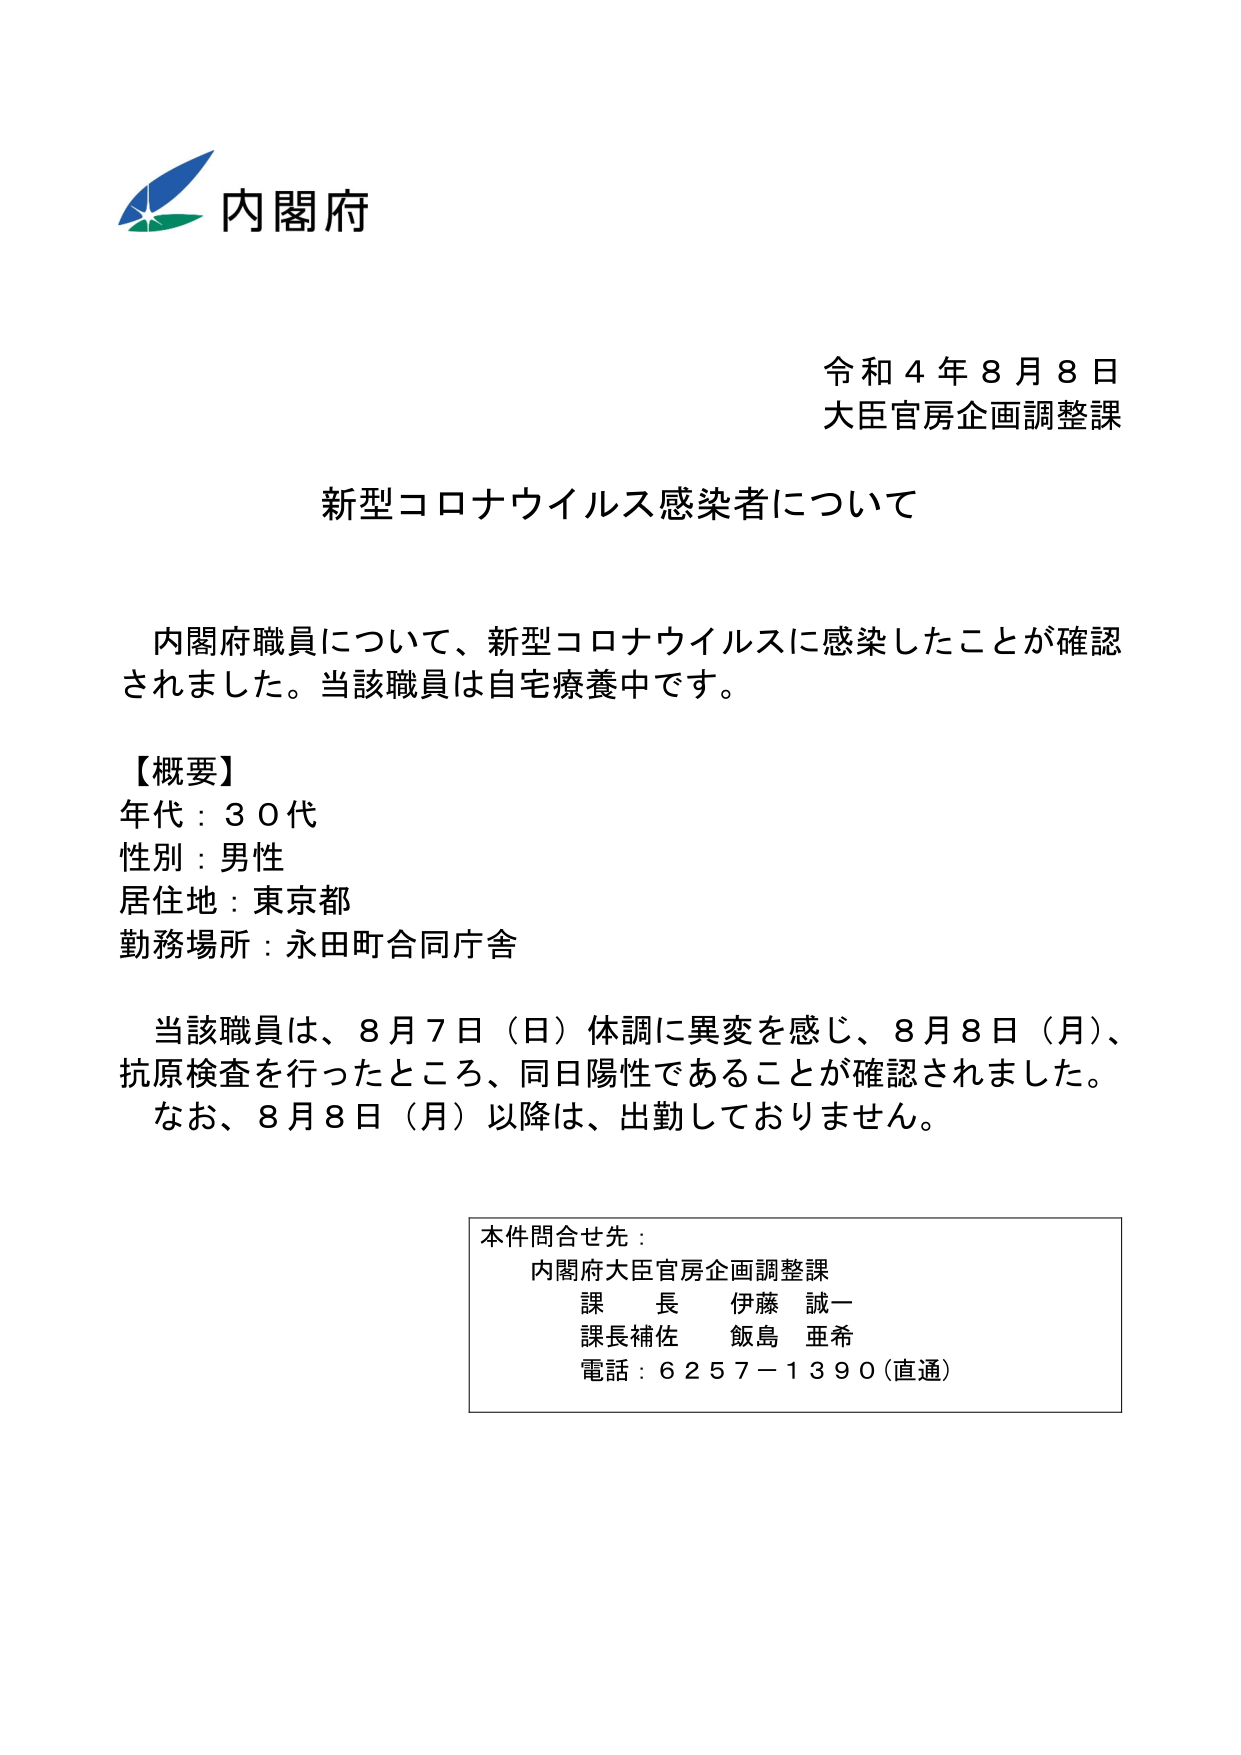
内閣府
令和４年８月８日
大臣官房企画調整課
新型コロナウイルス感染者について

内閣府職員について、新型コロナウイルスに感染したことが確認されました。当該職員は自宅療養中です。

【概要】
年代：３０代
性別：男性
居住地：東京都
勤務場所：永田町合同庁舎

当該職員は、８月７日（日）体調に異変を感じ、８月８日（月）、抗原検査を行ったところ、同日陽性であることが確認されました。
なお、８月８日（月）以降は、出勤しておりません。

本件問合せ先：
内閣府大臣官房企画調整課
課長 伊藤 誠一
課長補佐 飯島 亜希
電話：６２５７－１３９０（直通）